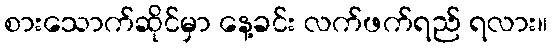
စားသောက်ဆိုင်မှာ နေ့ခင်း လက်ဖက်ရည် ရလား။